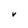
Character: V